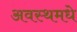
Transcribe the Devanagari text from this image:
अवस्थमधे